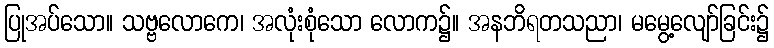
ပြုအပ်သော။ သဗ္ဗလောကေ၊ အလုံးစုံသော လောက၌။ အနဘိရတသညာ၊ မမွေ့လျော်ခြင်း၌